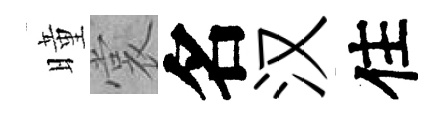
曈裳名汉住